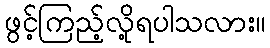
ဖွင့်ကြည့်လို့ရပါသလား။